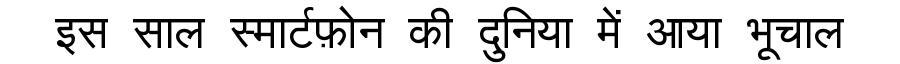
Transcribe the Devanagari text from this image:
इस साल स्मार्टफ़ोन की दुनिया में आया भूचाल